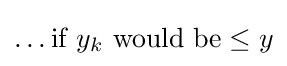
\dots {\text{if }}y_{k}{\text{ would be}}\leq y